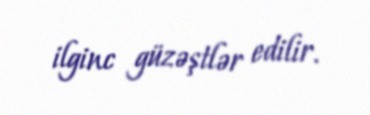
ilginc güzəştlər edilir.